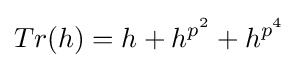
Tr(h)=h+h^{p^{2}}+h^{p^{4}}